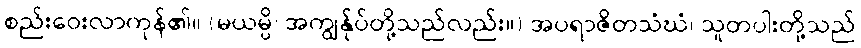
စည်းဝေးလာကုန်၏။ (မယမ္ပိ၊ အကျွန်ုပ်တို့သည်လည်း။) အပရာဇိတသံဃံ၊ သူတပါးတို့သည်